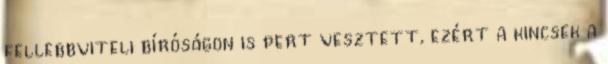
fellebbviteli bíróságon is pert vesztett, ezért a kincsek a